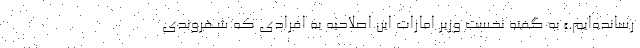
رسانده‌ایم.» به گفته نخست وزیر امارات این اصلاحیه به افرادی که شهروندی